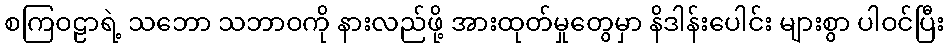
စကြဝဠာရဲ့ သဘော သဘာဝကို နားလည်ဖို့ အားထုတ်မှုတွေမှာ နိဒါန်းပေါင်း များစွာ ပါဝင်ပြီး